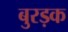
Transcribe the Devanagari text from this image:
बुरड़क